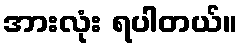
အားလုံး ရပါတယ်။